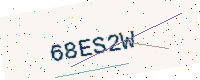
Text: 68ES2W